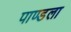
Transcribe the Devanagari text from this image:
पाण्डला